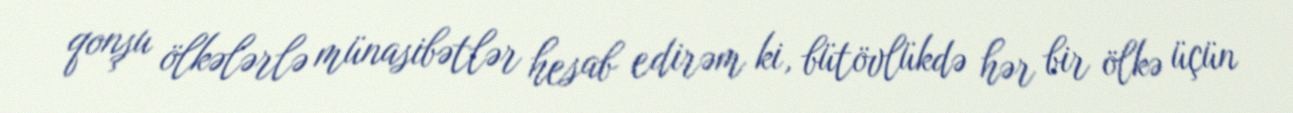
qonşu ölkələrlə münasibətlər hesab edirəm ki, bütövlükdə hər bir ölkə üçün